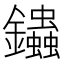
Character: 𨰍